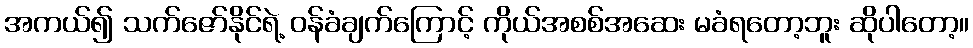
အကယ်၍ သက်ဇော်နိုင်ရဲ့ ဝန်ခံချက်ကြောင့် ကိုယ်အစစ်အဆေး မခံရတော့ဘူး ဆိုပါတော့။